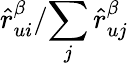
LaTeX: {\hat{r}_{ui}^{\beta}}/{\sum_{j}\hat{r}_{uj}^{\beta}}